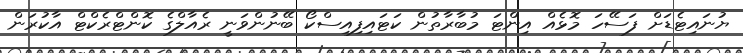
ޔުނައިޓެޑަށް ފަސޭހަ މޮޅެއް އިންޓަ މުބާރާތުން ކަޓައިފިއިސްކޯ ބޭނުންވަނީ ރެއާލްގެ ކޮންޓްރެކްޓް އާކުރަން